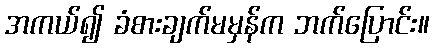
အကယ်၍ ခံစားချက်မမှန်က ဘက်ပြောင်း။